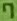
Text: 7